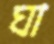
ঘা